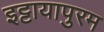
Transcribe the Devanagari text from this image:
इट्टायापुरम